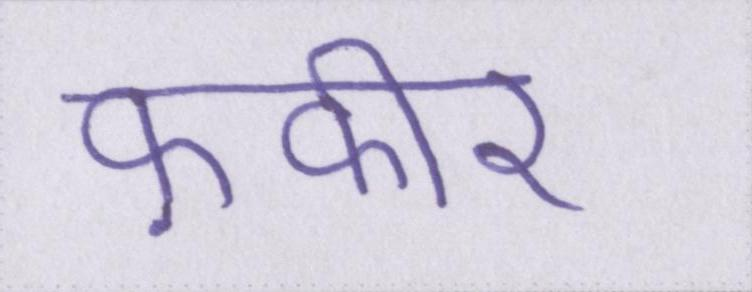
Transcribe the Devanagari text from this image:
फ़कीर